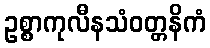
ဥစ္စာကုလီနသံဝတ္တနိကံ